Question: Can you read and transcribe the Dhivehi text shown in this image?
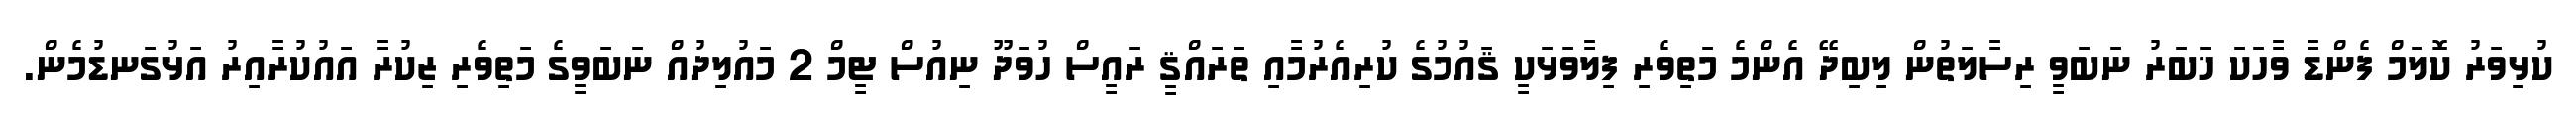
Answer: ކުޅިވަރު ކޮލަމް ފެންޑާ ވާހަކަ ޚަބަރު ނަބަވީ ރިސާލަތުން ލިބިދޭ އެންމެ މަތިވެރި ފިލާވަޅަކީ ޤައުމުގެ ކުރިއެރުމާއި ތަރައްޤީ ރައީސް ހުވަދޫ ނިއުސް ޓީމް 2 މައުލިދުއް ނަބަވީގެ މަތިވެރި ޒިކުރާ އައުކުރާއިރު އަޅުގަނޑުމެން.